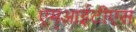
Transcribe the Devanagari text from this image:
एम्आईटीएस